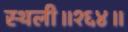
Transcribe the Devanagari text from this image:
स्थली॥१६४॥